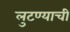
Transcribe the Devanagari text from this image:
लुटण्याची